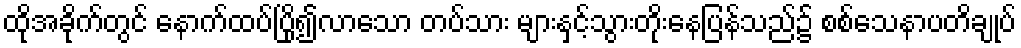
ထိုအခိုက်တွင် နောက်ထပ်ပြို၍လာသော တပ်သား များနှင့်သွားတိုးနေပြန်သည်၌ စစ်သေနာပတိချုပ်